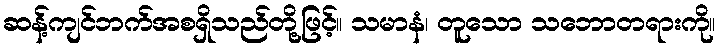
ဆန့်ကျင်ဘက်အစရှိသည်တို့ဖြင့်။ သမာနံ၊ တူသော သဘောတရားကို။